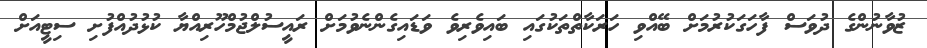
ޒުވާނުންގެ ދުވަސް ފާހަގަކުރުމަށް ބޭއްވި ހަރަކާތްތަކުގައި ބައިވެރިވެ ވަޑައިގެންނެވުމަށް ރައީސުލްޖުމްހޫރިއްޔާ ކުޅުދުއްފުށި ސިޓީއަށް